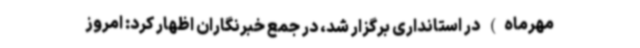
مهرماه) در استانداری برگزار شد، در جمع خبرنگاران اظهار کرد: امروز